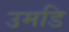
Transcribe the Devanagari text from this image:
उमडि